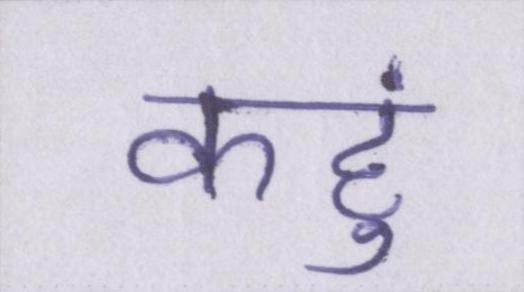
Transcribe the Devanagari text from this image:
कहुं